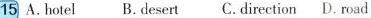
15 A.ho:el B.desert C.direetion D. road